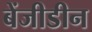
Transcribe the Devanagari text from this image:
बेंजीडीन